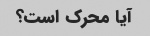
آیا محرک است؟